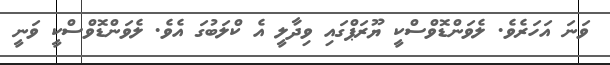
ވަނަ އަހަރެވެ. ލެވަންޑޮވްސްކީ ޔޫރަޕްގައި ވިދާލީ އެ ކްލަބުގަ އެވެ. ލެވަންޑޮވްސްކީ ވަނީ